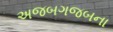
અજબગજબના